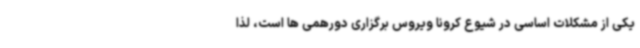
یکی از مشکلات اساسی در شیوع کرونا ویروس برگزاری دورهمی ها است، لذا